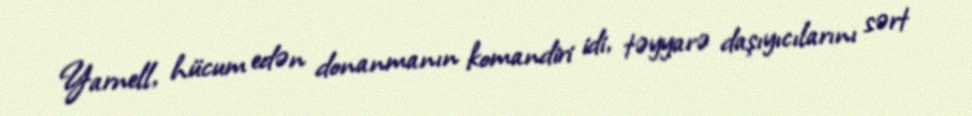
Yarnell, hücum edən donanmanın komandiri idi, təyyarə daşıyıcılarını sərt